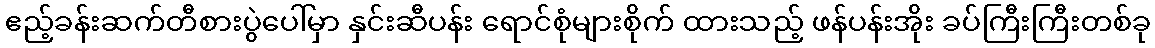
ဧည့်ခန်းဆက်တီစားပွဲပေါ်မှာ နှင်းဆီပန်း ရောင်စုံများစိုက် ထားသည့် ဖန်ပန်းအိုး ခပ်ကြီးကြီးတစ်ခု